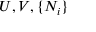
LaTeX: ~ ~ ~ ~ ~ U , V , \{ N _ { i } \}